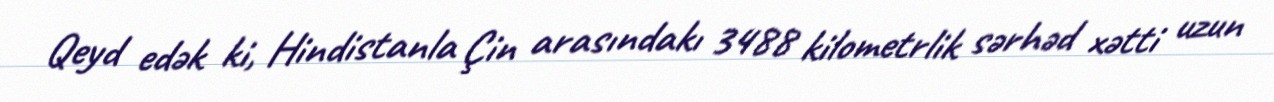
Qeyd edək ki, Hindistanla Çin arasındakı 3488 kilometrlik sərhəd xətti uzun